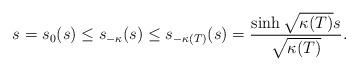
LaTeX: \begin{align*}s=s_0(s)\leq s_{-\kappa}(s)\leq s_{-\kappa(T)}(s)=\frac{\sinh \sqrt{\kappa(T)}s}{\sqrt{\kappa(T)}}. \end{align*}